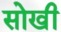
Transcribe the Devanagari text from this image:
सोखी